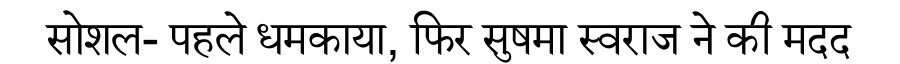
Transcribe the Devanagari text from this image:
सोशल- पहले धमकाया, फिर सुषमा स्वराज ने की मदद